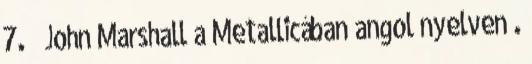
7. ↑ John Marshall a Metallicában angol nyelven .